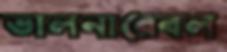
ভালনারেবল